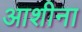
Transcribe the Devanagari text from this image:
आशीना